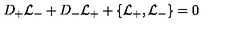
D _ { + } { \cal L } _ { - } + D _ { - } { \cal L } _ { + } + \{ { \cal L } _ { + } , { \cal L } _ { - } \} = 0